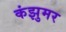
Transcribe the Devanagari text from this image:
कंझुमर